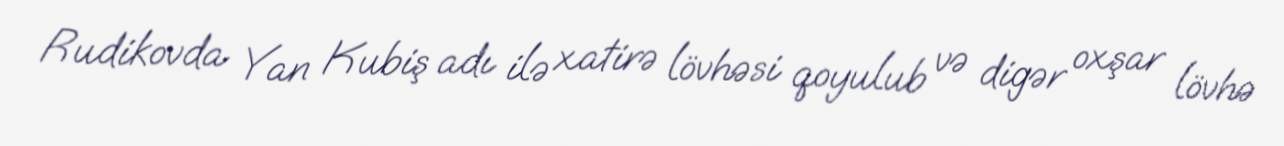
Rudikovda Yan Kubiş adı ilə xatirə lövhəsi qoyulub və digər oxşar lövhə